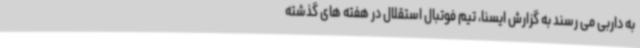
به داربی می رسند به گزارش ایسنا، تیم فوتبال استقلال در هفته های گذشته